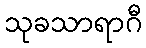
သုခသာရာဂီ